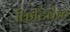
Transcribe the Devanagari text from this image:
किटिवेक